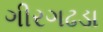
ગીરગઢડા